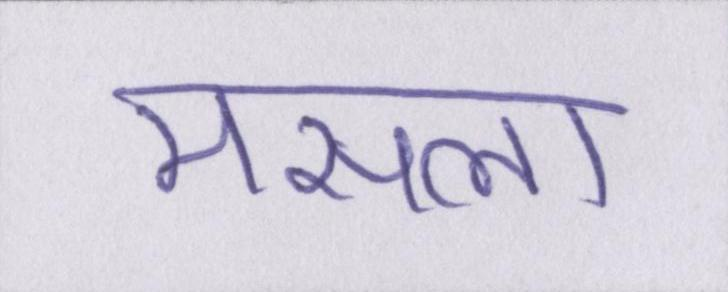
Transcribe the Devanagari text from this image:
मसला